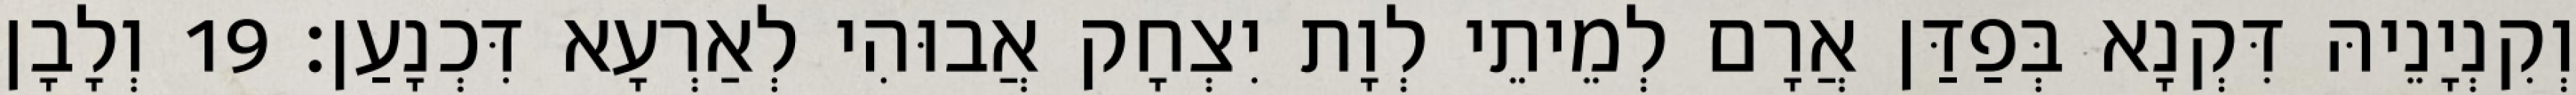
וְקִנְיָנֵיהּ דִּקְנָא בְּפַדַּן אֲרָם לְמֵיתֵי לְוָת יִצְחָק אֲבוּהִי לְאַרְעָא דִּכְנָעַן׃ 19 וְלָבָן